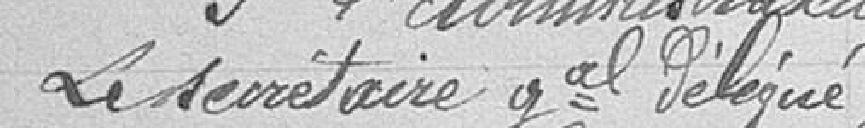
In d'Administration Le secrétaire gal délégué